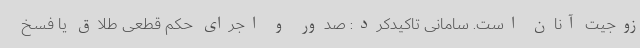
زوجیت آنان است. سامانی تاکیدکرد: صدور و اجرای حکم قطعی طلاق یا فسخ